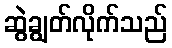
ဆွဲချွတ်လိုက်သည်